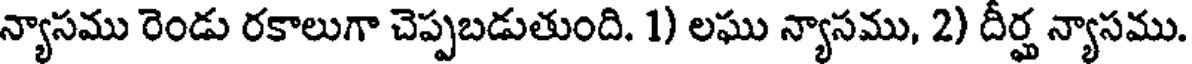
న్యాసము రెండు రకాలుగా చెప్పబడుతుంది. 1) లఘు న్యాసము, 2) దీర్ఘ న్యాసము.